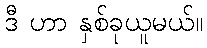
ဒီ ဟာ နှစ်ခုယူမယ်။